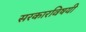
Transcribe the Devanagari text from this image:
सरकारविषयी